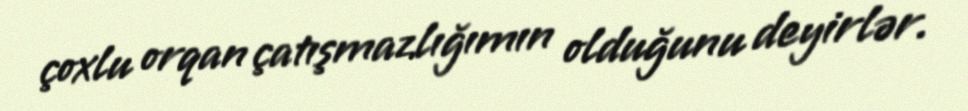
çoxlu orqan çatışmazlığımın olduğunu deyirlər.